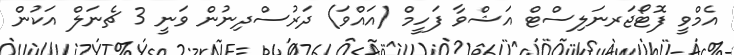
އެމްވީ ފޮޓޯޖަރނަލިސްޓް އަޝްވާ ފަހީމް (އައްވަ) ދަރުސްދިނުން ވަނީ 3 ޗެނަލް އަކުން